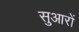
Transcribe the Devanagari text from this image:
सुआरों